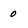
Character: 0